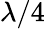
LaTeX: \lambda/4